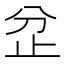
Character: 𣥝